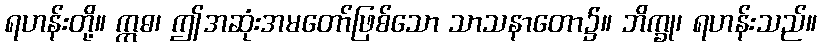
ရဟန်းတို့။ ဣဓ၊ ဤအဆုံးအမတော်ဖြစ်သော သာသနာတော၌။ ဘိက္ခု၊ ရဟန်းသည်။